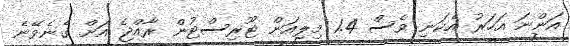
އަންނަ އަހަރު އެކަނި ވެސް 1.4 މިލިއަން ޓޫރިސްޓުުން ރާއްޖެ އަށް ގެނެވޭނެ